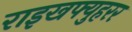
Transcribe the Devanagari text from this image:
राइखफ्युहरर